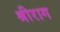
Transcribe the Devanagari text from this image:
श्रीराग